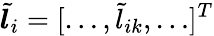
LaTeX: \boldsymbol{\widetilde{l}}_{i}=[\ldots,\widetilde{l}_{ik},\ldots]^{T}